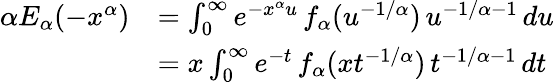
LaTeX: \begin{array}{rl}{\alpha E_{\alpha}(-x^{\alpha})}&{=\int_{0}^{\infty}e^{-x^{\alpha}u}\, f_{\alpha}(u^{-1/\alpha})\, u^{-1/\alpha-1}\, du}\\ &{=x\int_{0}^{\infty}e^{-t}\, f_{\alpha}(xt^{-1/\alpha})\, t^{-1/\alpha-1}\, dt}\end{array}